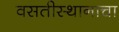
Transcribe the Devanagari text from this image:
वसतीस्थानाचा